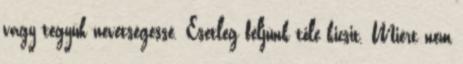
vagy tegyük nevetségessé. Esetleg féljünk tőle kicsit. Miért nem